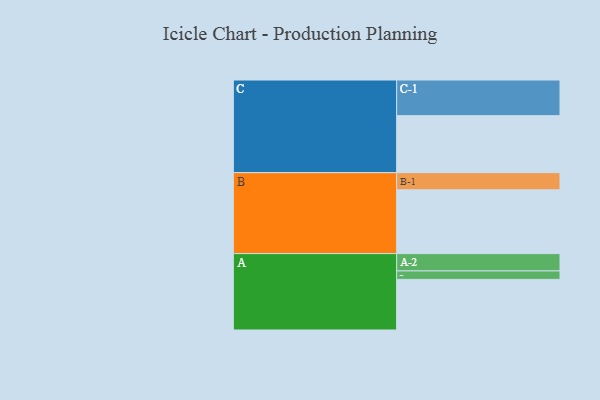
{"axis": {"x": "Segment", "y": "Value"}, "legend": ["", "A", "B", "C"], "data": [{"x": "A", "y": 389, "type": ""}, {"x": "B", "y": 490, "type": ""}, {"x": "C", "y": 438, "type": ""}, {"x": "A-1", "y": 65, "type": "A"}, {"x": "A-2", "y": 133, "type": "A"}, {"x": "B-1", "y": 132, "type": "B"}, {"x": "C-1", "y": 274, "type": "C"}]}